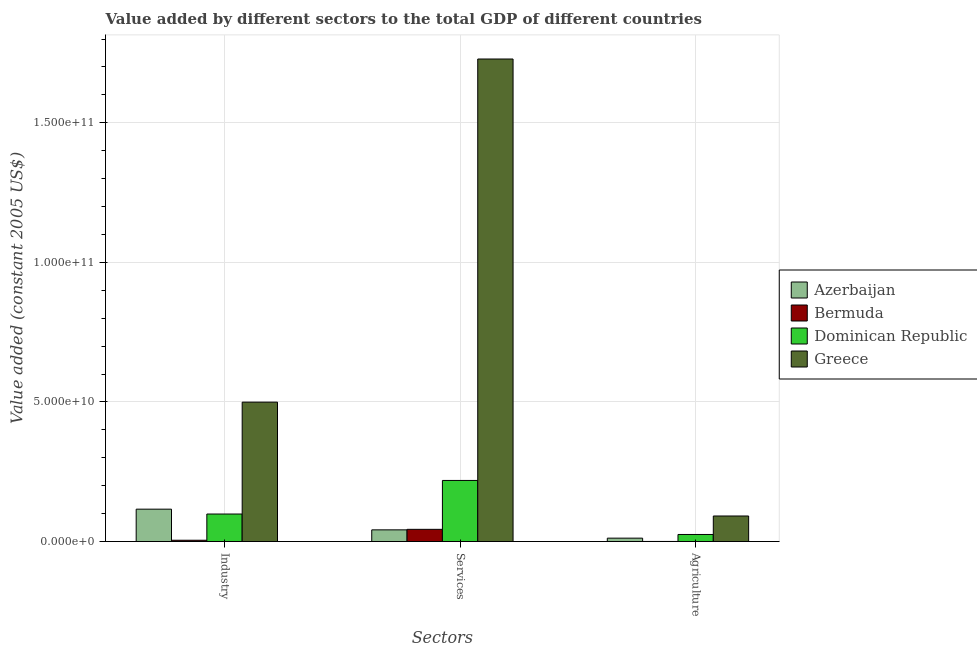
| Sectors | Azerbaijan | Bermuda | Dominican Republic | Greece |
 | --- | --- | --- | --- | --- |
 | Industry | 1.16e+10 | 4.71e+08 | 9.86e+09 | 4.99e+10 |
 | Services | 4.2e+09 | 4.38e+09 | 2.19e+10 | 1.73e+11 |
 | Agriculture | 1.22e+09 | 4.24e+07 | 2.54e+09 | 9.16e+09 |